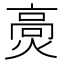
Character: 𤌾